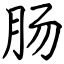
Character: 肠